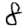
Digit: 8